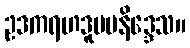
ဥဒကရဟဒူပမနိဒ္ဒေသ။